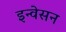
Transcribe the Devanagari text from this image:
इन्वेसन